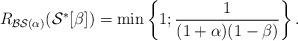
LaTeX: \begin{align*}R_{\mathcal{BS}(\alpha)}(\mathcal{S}^*[\beta]) & =\min\left\{1; \dfrac{1}{ (1+\alpha)(1-\beta)}\right\}.\end{align*}